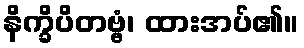
နိက္ခိပိတဗ္ဗံ၊ ထားအပ်၏။